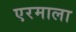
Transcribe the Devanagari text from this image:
एरमाला